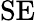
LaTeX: \mathrm{SE}